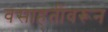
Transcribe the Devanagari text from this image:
वसाहतींवरून